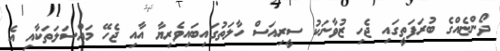
ދޯންޏެއްގެ ބުރަފަތީގައި ޖެހި ޒުވާނަކު ސީރިއަސް ހާލަތުގައިބައިވެރިޔާ އާއި ޖެހޭ މައްސަލަތަކާއި އެ